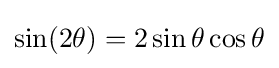
\sin(2\theta )=2\sin \theta \cos \theta